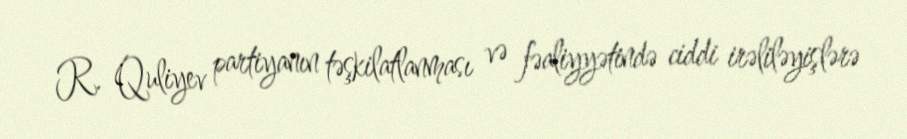
R. Quliyev partiyanın təşkilatlanması və fəaliyyətində ciddi irəliləyişlərə